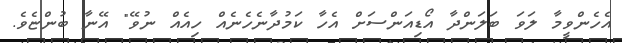
އެހެންވީމާ ލަވަ ބަލަންދާ އޯޑިއަންސަށް އެހާ ކަމުދާނެހެނެއް ހިއެއް ނުވޭ" އޭނާ ބުންޏެވެ.